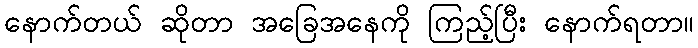
နောက်တယ် ဆိုတာ အခြေအနေကို ကြည့်ပြီး နောက်ရတာ။